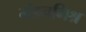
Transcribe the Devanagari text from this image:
मंडनमिश्र